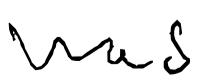
Text: was
Cross-out: clean
Writing tool: digital_black